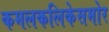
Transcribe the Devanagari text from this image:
कमलकलिकेसमोर